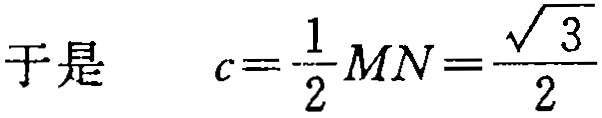
于是 \[ c = \frac{1}{2}MN = \frac{\sqrt{3}}{2}\]